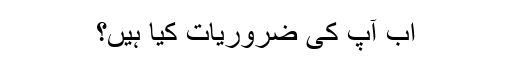
اب آپ کی ضروریات کیا ہیں؟